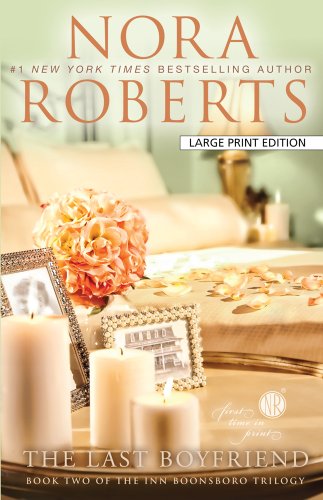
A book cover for The Last Boyfriend (Inn BoonsBoro); Nora Roberts; Literature & Fiction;